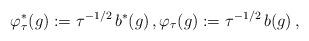
LaTeX: \begin{align*}\varphi^*_\tau(g) := \tau^{-1/2}\,b^*(g)\,, \varphi_\tau(g) := \tau^{-1/2}\,b(g)\,,\end{align*}